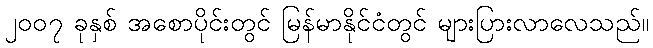
၂၀၀၇ ခုနှစ် အစောပိုင်းတွင် မြန်မာနိုင်ငံတွင် များပြားလာလေသည်။